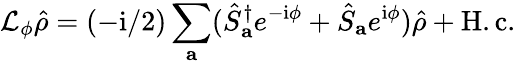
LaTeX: \mathcal{L}_{\phi}\hat{\rho}=(-\mathrm{i}/2)\sum_{\mathbf{a}}(\hat{S}_{\mathbf{a}}^{\dagger}e^{-\mathrm{i}\phi}+\hat{S}_{\mathbf{a}}e^{\mathrm{i}\phi})\hat{\rho}+\mathrm{H.c.}